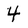
Character: 4